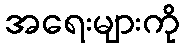
အရေးများကို